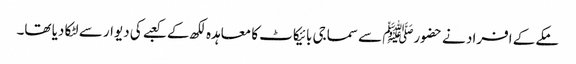
مکے کے افراد نے حضورﷺ سے سماجی بائیکاٹ کا معاہدہ لکھ کے کعبے کی دیوار سے لٹکا دیا تھا۔